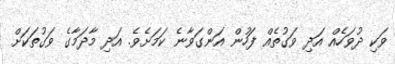
ވަކި ދުވަހެއް އަދި ވަގުތެއް ފަހުން އަންގަވާނެ ކަމަށެވެ. އަދި މާދަމާގެ ވަގުތަކަށް